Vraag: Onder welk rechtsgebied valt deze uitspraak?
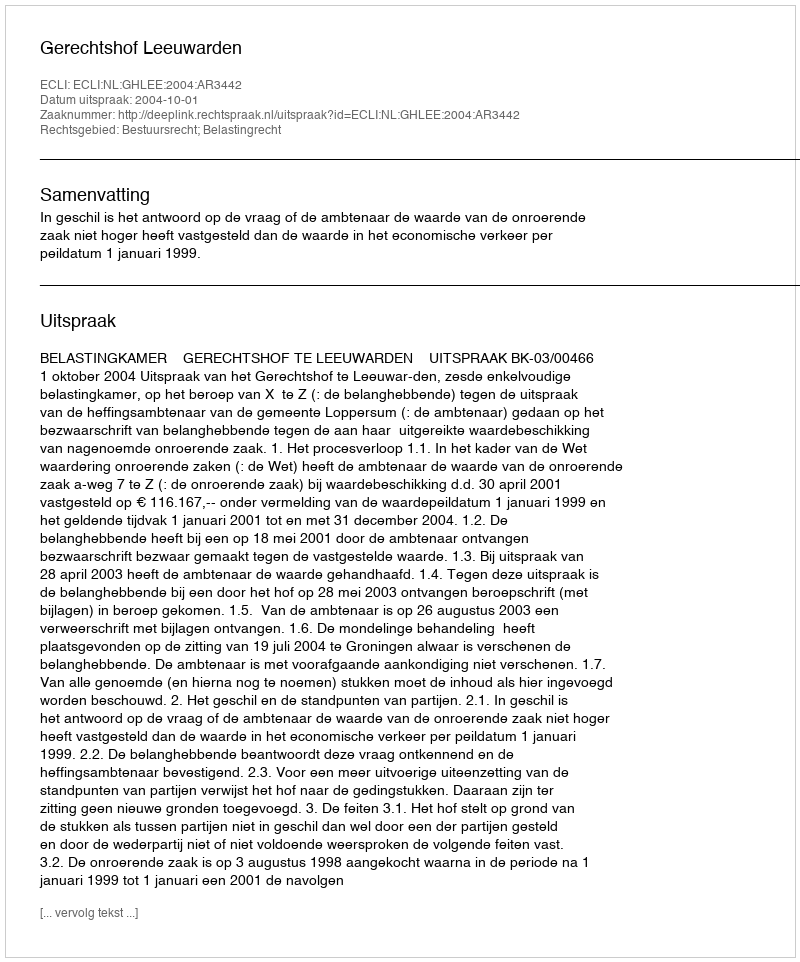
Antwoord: Bestuursrecht; Belastingrecht